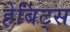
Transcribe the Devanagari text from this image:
हेबिट्स